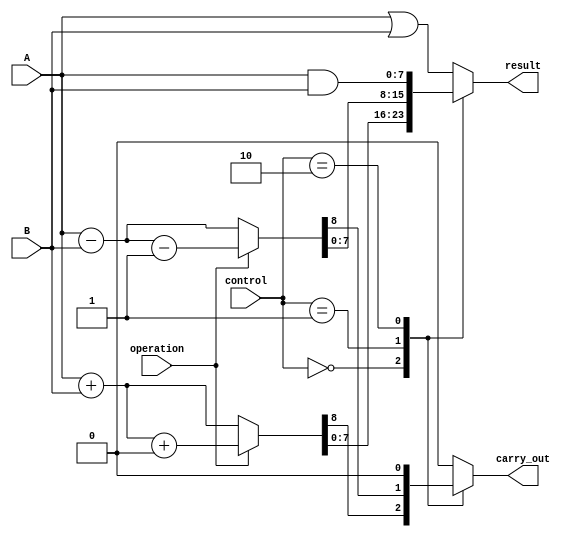
module alu (
    input [7:0] A,
    input [7:0] B,
    input [2:0] control,
    input operation,
    output [7:0] result,
    output carry_out
);

reg [7:0] result;
reg carry_out;

always @(*) begin
    case (control)
        3'b000:begin // addition
            if(operation)
                {carry_out, result} = A + B + 1'b0;
            else
                {carry_out, result} = A + B;
        end
        3'b001:begin // subtraction
            if(operation)
                {carry_out, result} = A - B - 1'b1;
            else
                {carry_out, result} = A - B;
        end
        3'b010:begin // bitwise AND
            {carry_out, result} = A & B;
        end
        3'b011:begin // bitwise OR
            {carry_out, result} = A | B;
        end
        default:begin // default to bitwise OR
            {carry_out, result} = A | B;
        end
    endcase
end

endmodule